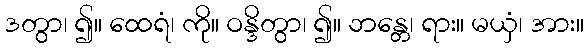
ဒတွာ၊ ၍။ ထေရံ၊ ကို။ ဝန္ဒိတွာ၊ ၍။ ဘန္တေ၊ ရား။ မယှံ၊ အား။